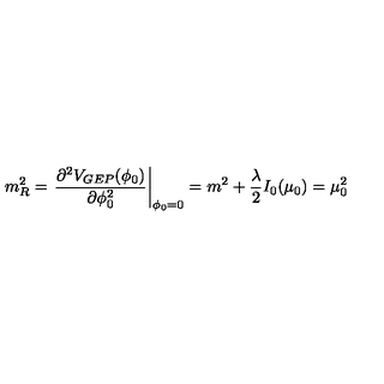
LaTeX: m _ { R } ^ { 2 } = \left. \frac { \partial ^ { 2 } V _ { G E P } ( \phi _ { 0 } ) } { \partial \phi _ { 0 } ^ { 2 } } \right| _ { \phi _ { 0 } = 0 } = m ^ { 2 } + { \frac { \lambda } { 2 } } I _ { 0 } ( \mu _ { 0 } ) = \mu _ { 0 } ^ { 2 }